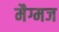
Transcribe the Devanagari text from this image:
मैग्मज